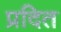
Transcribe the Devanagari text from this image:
प्रदित